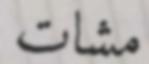
مشات